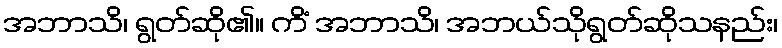
အဘာသိ၊ ရွတ်ဆို၏။ ကိံ အဘာသိ၊ အဘယ်သိုရွတ်ဆိုသနည်း၊